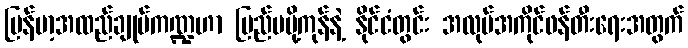
မြန်မာ့အထည်ချုပ်ကဏ္ဍဟာ ပြည်ပပို့ကုန်နဲ့ နိုင်ငံတွင်း အလုပ်အကိုင်ဖန်တီးရေးအတွက်